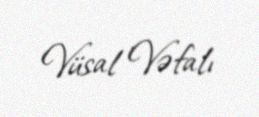
Vüsal Vəfalı